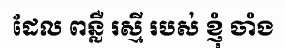
ដែល ពន្លឺ រស្មី របស់ ខ្ញុំ ចាំង